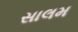
સાલમ